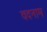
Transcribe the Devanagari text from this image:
वदनाम